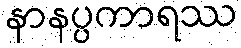
နာနပ္ပကာရဿ